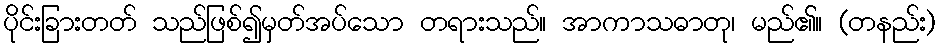
ပိုင်းခြားတတ် သည်ဖြစ်၍မှတ်အပ်သော တရားသည်။ အာကာသဓာတု၊ မည်၏။ (တနည်း)